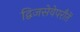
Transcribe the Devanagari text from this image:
द्विजसेवेपरौतें